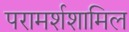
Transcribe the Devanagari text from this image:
परामर्शशामिल